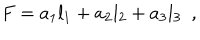
F = a _ { 1 } l _ { 1 } + a _ { 2 } l _ { 2 } + a _ { 3 } l _ { 3 } \, \, \, ,